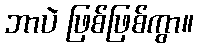
ဘာပဲ ဖြစ်ဖြစ်ကွာ။